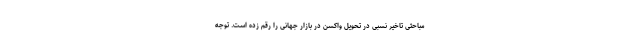
مباحثی تاخیر نسبی در تحویل واکسن در بازار جهانی را رقم زده است. توجه